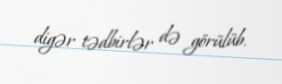
digər tədbirlər də görülüb.